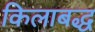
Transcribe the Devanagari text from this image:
किलाबद्ध